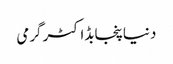
دنیاپنجابڈاکٹرگرمی